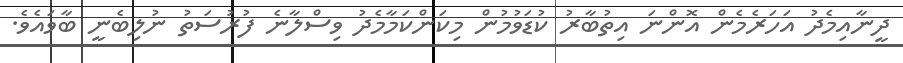
ދީނާއިމެދު އަހަރެމެން އޮންނަ އިތުބާރު ކުޑަވުމުން މިކަންކަމާމެދު ވިސްލާނެ ފުރުސަތު ނުލިބެނީ ބާވައެވެ.